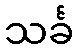
သင်္ခ